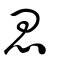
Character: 恖